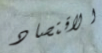
الاقتصاد